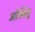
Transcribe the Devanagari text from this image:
ओस्वियु